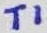
Text: T1